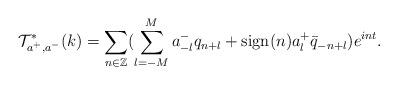
LaTeX: \begin{align*}\mathcal{T}^*_{a^+,a^-}(k)=\sum_{n\in \mathbb{Z}}(\sum_{l=-M}^Ma^-_{-l}q_{n+l}+\mbox{sign}(n)a^+_l\bar{q}_{-n+l})e^{int}.\end{align*}